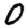
Digit: 0